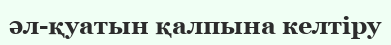
әл-қуатын қалпына келтіру